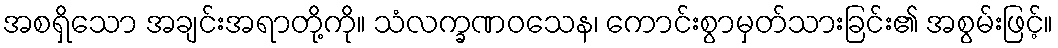
အစရှိသော အချင်းအရာတို့ကို။ သံလက္ခဏဝသေန၊ ကောင်းစွာမှတ်သားခြင်း၏ အစွမ်းဖြင့်။